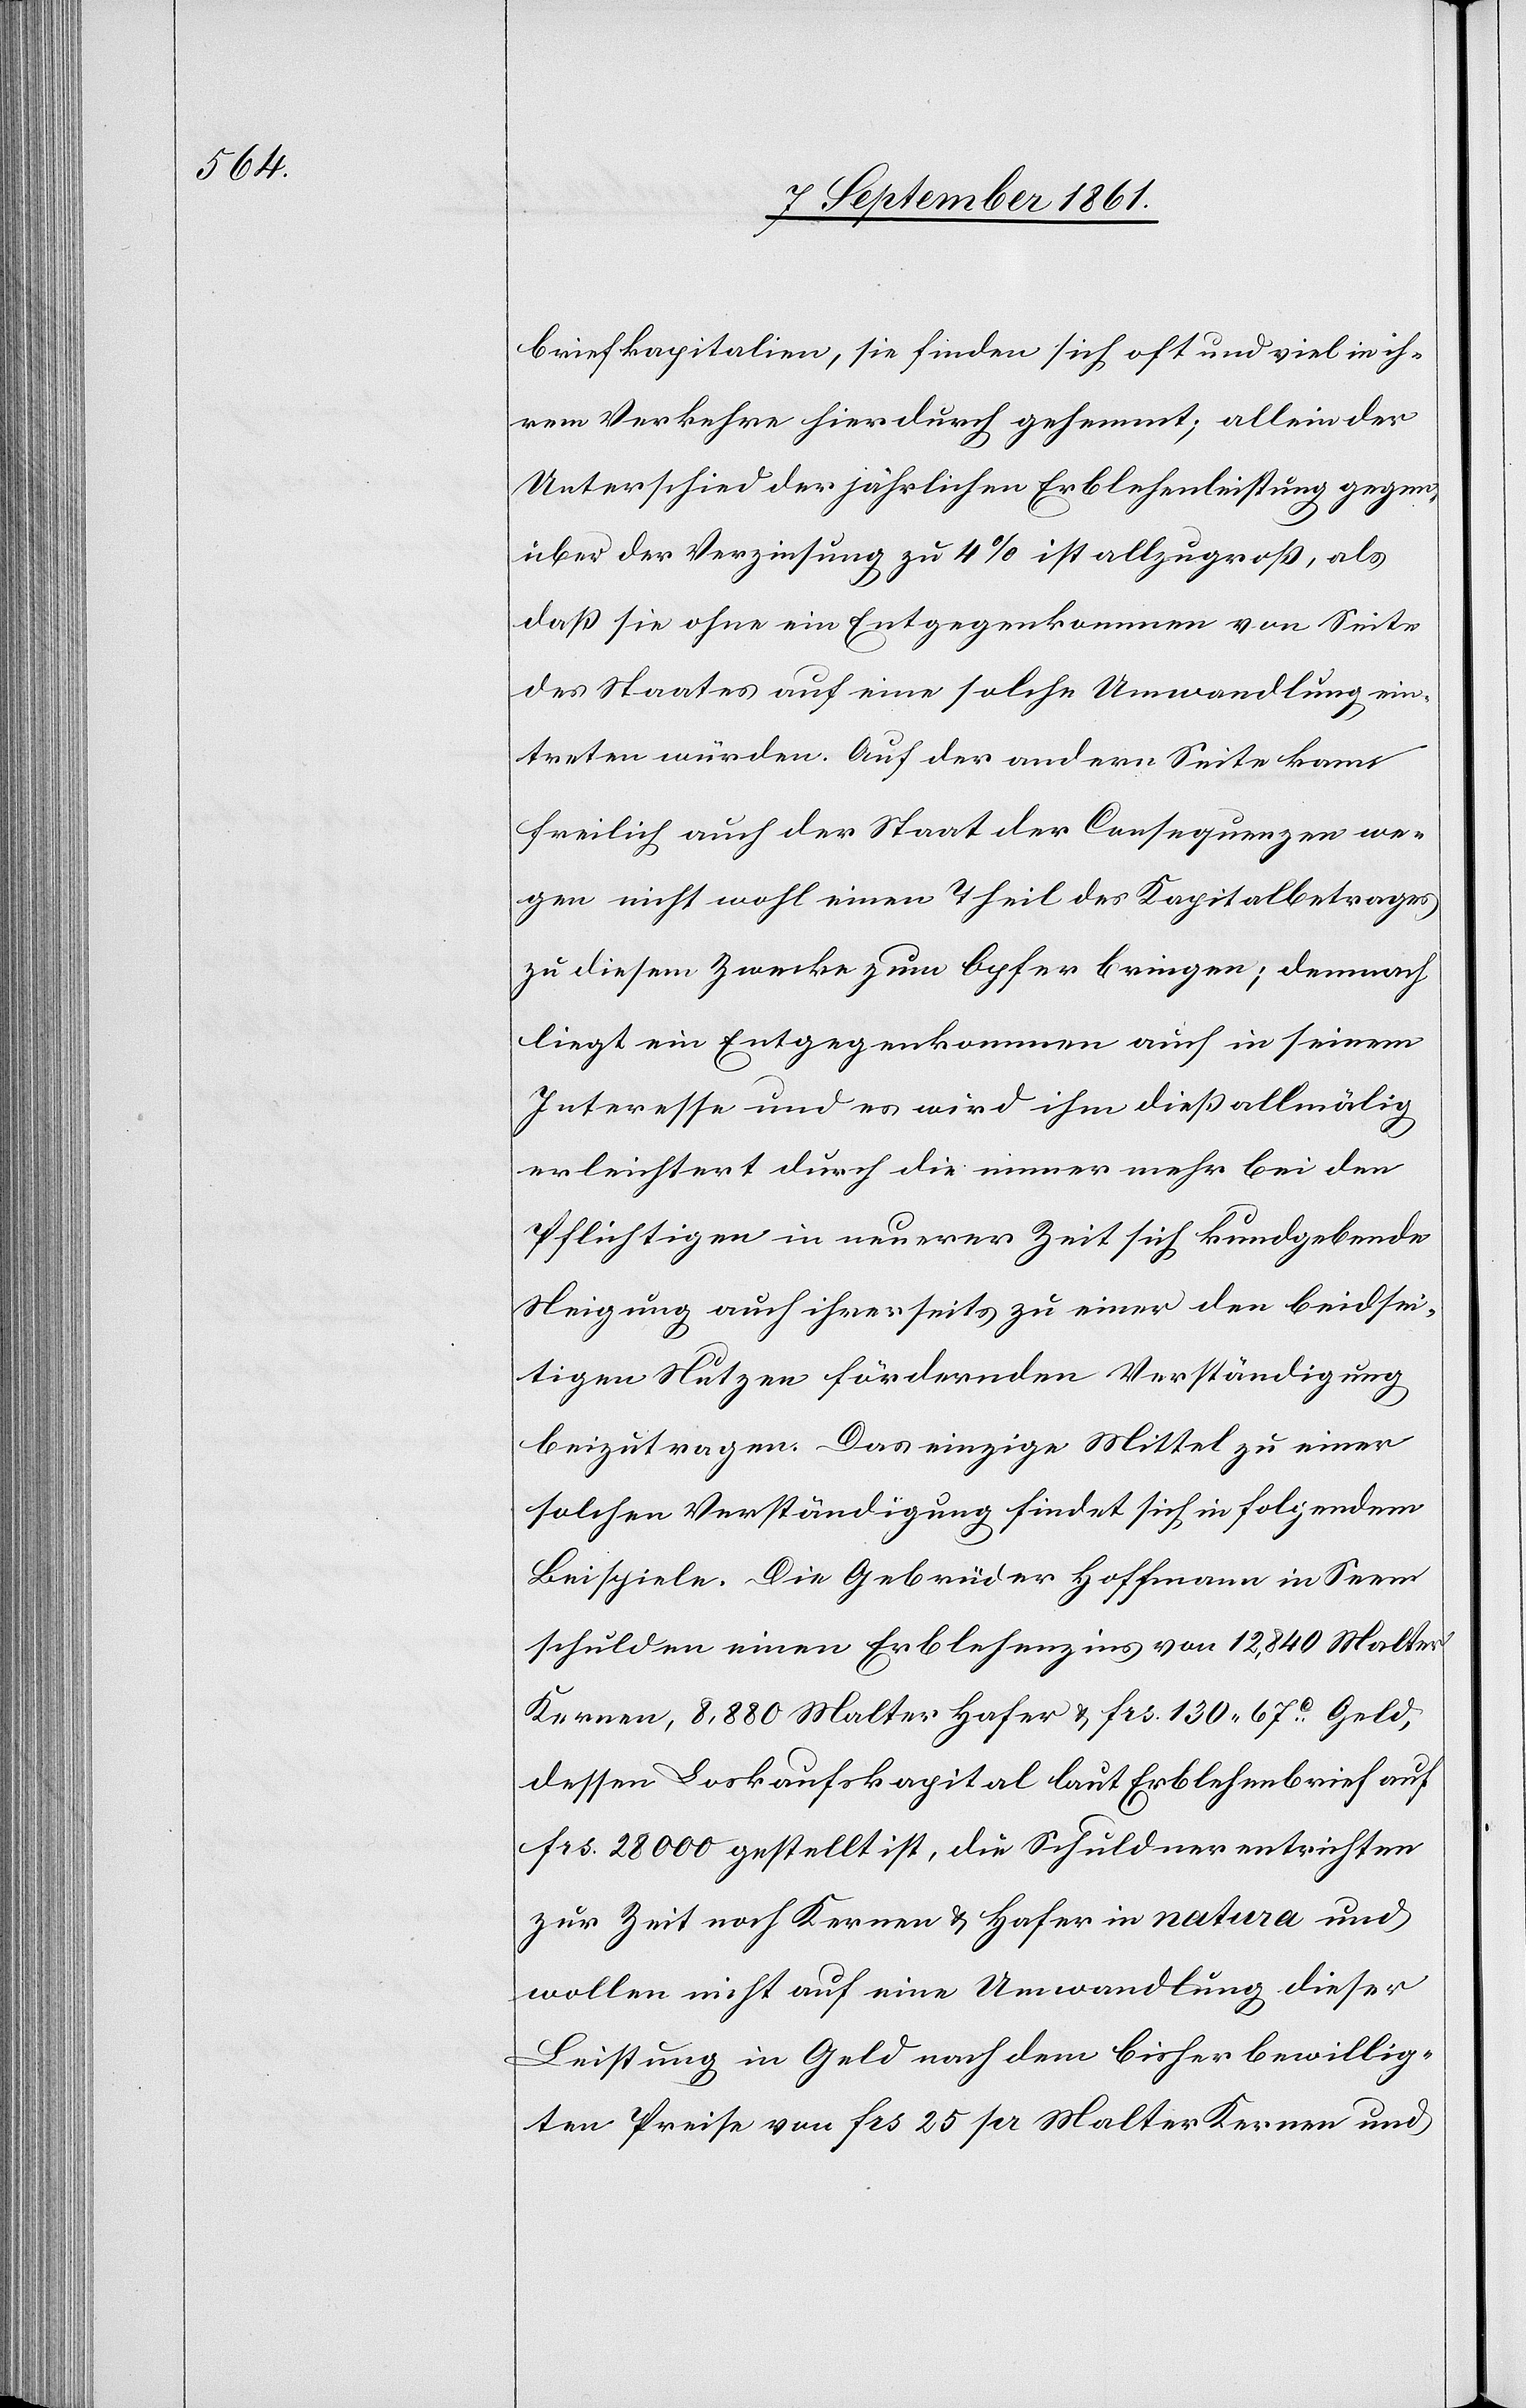
briefkapitalien, sie finden sich oft und viel in ih¬
rem Verkehre hierdurch gehemmt; allein der
Unterschied der jährlichen Erblehenleistung gegen¬
über der Verzinsung zu 4% ist allzugroß, als
daß sie ohne ein Entgegenkommen von Seite
des Staates auf eine solche Umwandlung ein¬
treten würden. Auf der andern Seite kann
freilich auch der Staat der Consequenzen we¬
gen nicht wohl einen Theil des Kapitalbetrages
zu diesem Zwecke zum Opfer bringen; demnach
liegt ein Entgegenkommen auch in seinem
Interesse und es wird ihm dieß allmälig
erleichtert durch die immer mehr bei den
Pflichtigen in neuerer Zeit sich kundgebende
Neigung auch ihrerseits zu einer den beidsei¬
tigen Nutzen fördernden Verständigung
beizutragen. Das einzige Mittel zu einer
solchen Verständigung findet sich in folgendem
Beispiele. Die Gebrüder Hoffmann in Seen
schulden einen Erblehenzins von 12,840 Malter
Kernen, 8,880 Malter Hafer u. frs 130.67c Geld,
dessen Loskaufskapital laut Erblehenbrief auf
frs 28000 gestellt ist, die Schuldner entrichten
zur Zeit noch Kernen u. Hafer in natura und
wollen nicht auf eine Umwandlung dieser
Leistung in Geld nach dem bisher bewillig¬
ten Preise von frs 25 pr Malter Kernen und